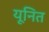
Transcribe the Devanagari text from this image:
यूनित